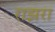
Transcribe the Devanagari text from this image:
राझरा